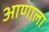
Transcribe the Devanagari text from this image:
आणाला